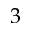
3